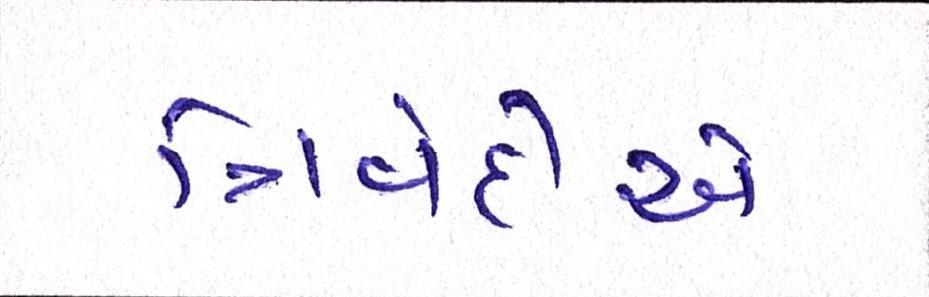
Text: ત્રિવેદીએ